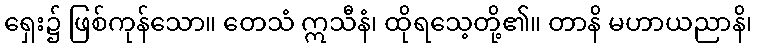
ရှေး၌ ဖြစ်ကုန်သော။ တေသံ ဣသီနံ၊ ထိုရသေ့တို့၏။ တာနိ မဟာယညာနိ၊